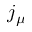
j _ { \mu }